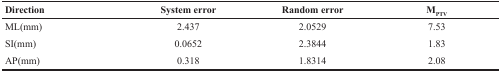
<table><thead><tr><td><b>Direction</b></td><td><b>System error</b></td><td><b>Random error</b></td><td><b>M<sub>PTV</sub></b></td></tr></thead><tbody><tr><td>ML(mm)</td><td>2.437</td><td>2.0529</td><td>7.53</td></tr><tr><td>SI(mm)</td><td>0.0652</td><td>2.3844</td><td>1.83</td></tr><tr><td>AP(mm)</td><td>0.318</td><td>1.8314</td><td>2.08</td></tr></tbody></table>